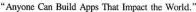
“Anyonc Can Build Apps That Impact the World."